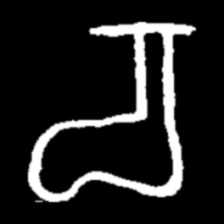
Pyu character \u2014 Myanmar letter: စ (romanized: ca)